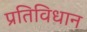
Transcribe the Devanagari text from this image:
प्रतिविधान